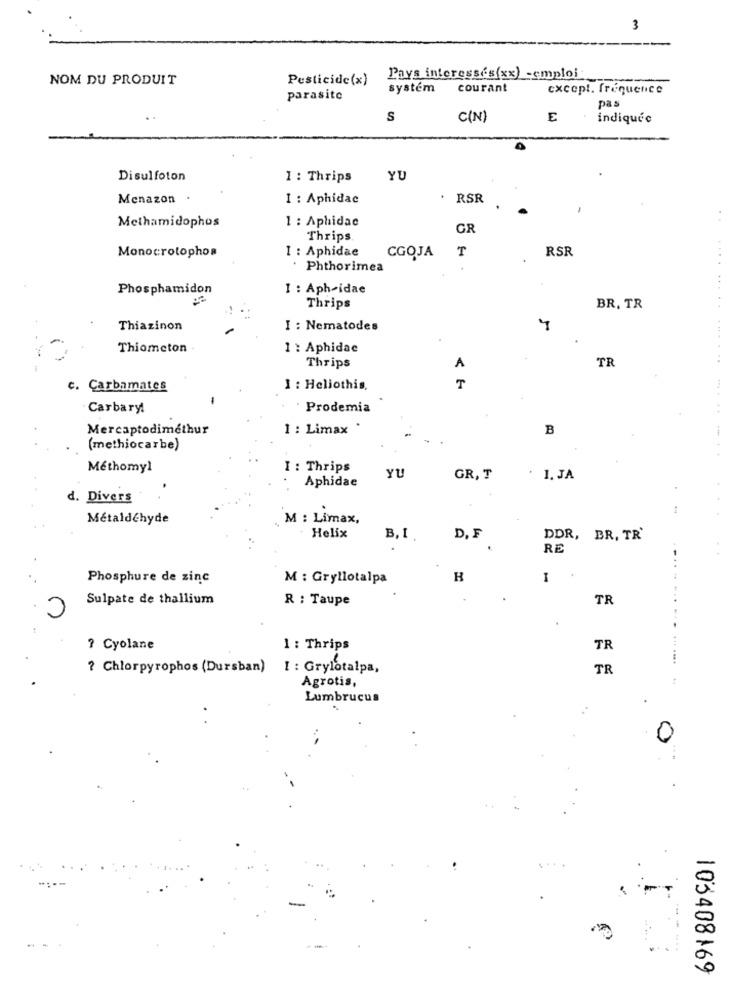
3
NOM DU PRODUIT
Pesticide(x)
Pays interesses(xx) -emploi:
system courant
except. frequence
parasite
pas
S
C(N)
E
indiquée
Disulfoton
1 : Thrips
YU
Menazon
I : Aphidac
. RSR
1 : Aphidac
Methamidophos
GR
Thrips
Monocrotophos
I : Aphidae
RSR
CGOJA
. Phthorimea
Phosphamidon
1 : Aph-idae
Thrips
BR. TR
Thiazinon
I : Nematodes
Thiometon
1 : Aphidac
TR
Thrips
A
c. Carbamates
1 : Heliothis.
T
Carbary!
Prodemia
Mercaptodiméthur
1 : Limax
B
(methiocarbe)
Méthomyl
I : Thrips
Aphidae
YU
GR, T
. 1. JA
d. Divers
Métaldéhyde
M : Limax,
Helix
B, I
D. F
DDR, BR, TR'
RE
Phosphure de zinc
M : Gryllotalpa
I
Sulpate de thallium
R : Taupe
TR
? Cyolane
1 : Thrips
TR
? Chlorpyrophos (Dursban)
I : Grylotalpa,
TR
Agrotis,
Lumbrucus
0
103408169